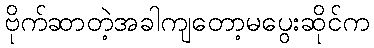
ဗိုက်ဆာတဲ့အခါကျတော့မပွေးဆိုင်က